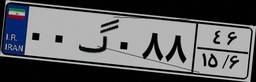
۰۰گ۰۸۸۴۶